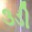
૩ડી